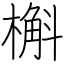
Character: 槲